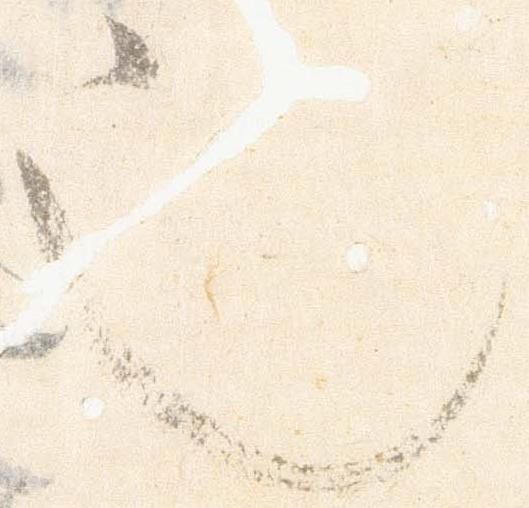
也